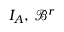
I _ { A } , \, \mathcal { B } ^ { r }